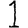
Digit: 1